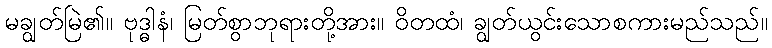
မချွတ်မြဲ၏။ ဗုဒ္ဓါနံ၊ မြတ်စွာဘုရားတို့အား။ ဝိတထံ၊ ချွတ်ယွင်းသောစကားမည်သည်။